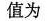
值为